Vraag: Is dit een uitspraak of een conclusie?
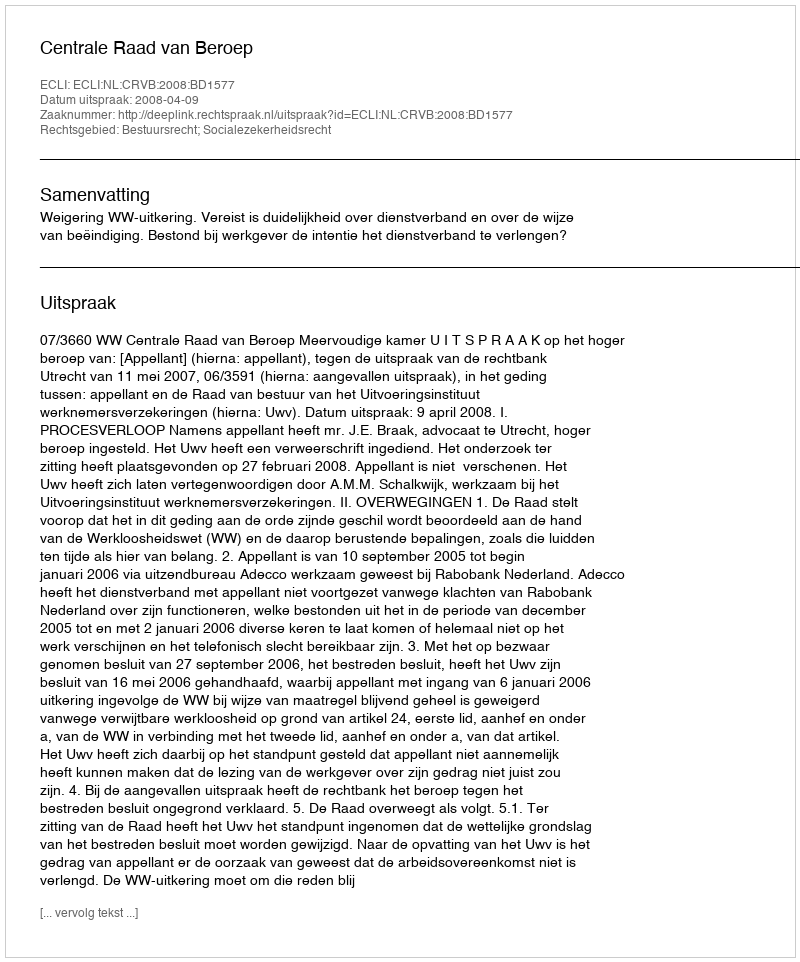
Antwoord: Uitspraak